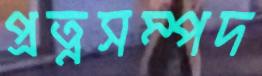
প্রত্নসম্পদ